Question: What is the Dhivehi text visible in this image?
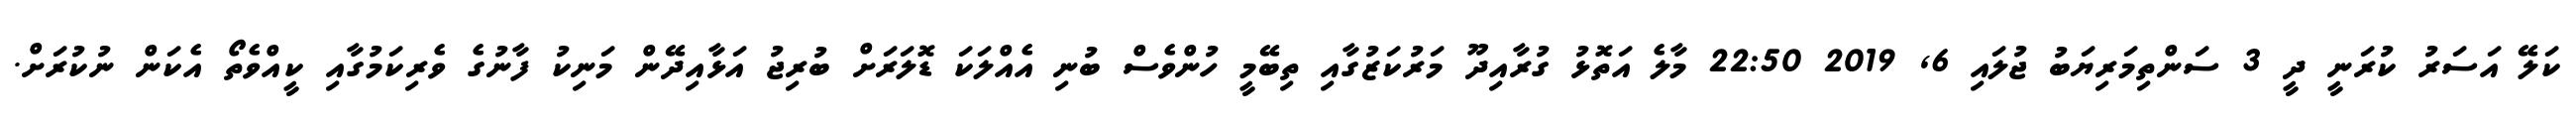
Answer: ކަލޭ އަސަރު ކުރަނީ ދީ 3 ސަންތިމަރިޔަބު ޖުލައި 6, 2019 22:50 މާލެ އަތޮޅު ގުރާއިދޫ މަރުކަޒުގާއި ތިބޭމީ ހުންވެސް ބުނި އެއްލަކަ ޑޮލަރަށް ބުރިޖު އަޅާއިދޭން މަނިކު ފާނުގެ ވެރިކަމުގާއި ކީއްވެތޯ އެކަން ނުކުރަށް.